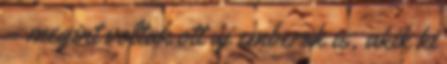
– megint voltak ott új emberek is, akik ki